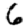
Digit: 6